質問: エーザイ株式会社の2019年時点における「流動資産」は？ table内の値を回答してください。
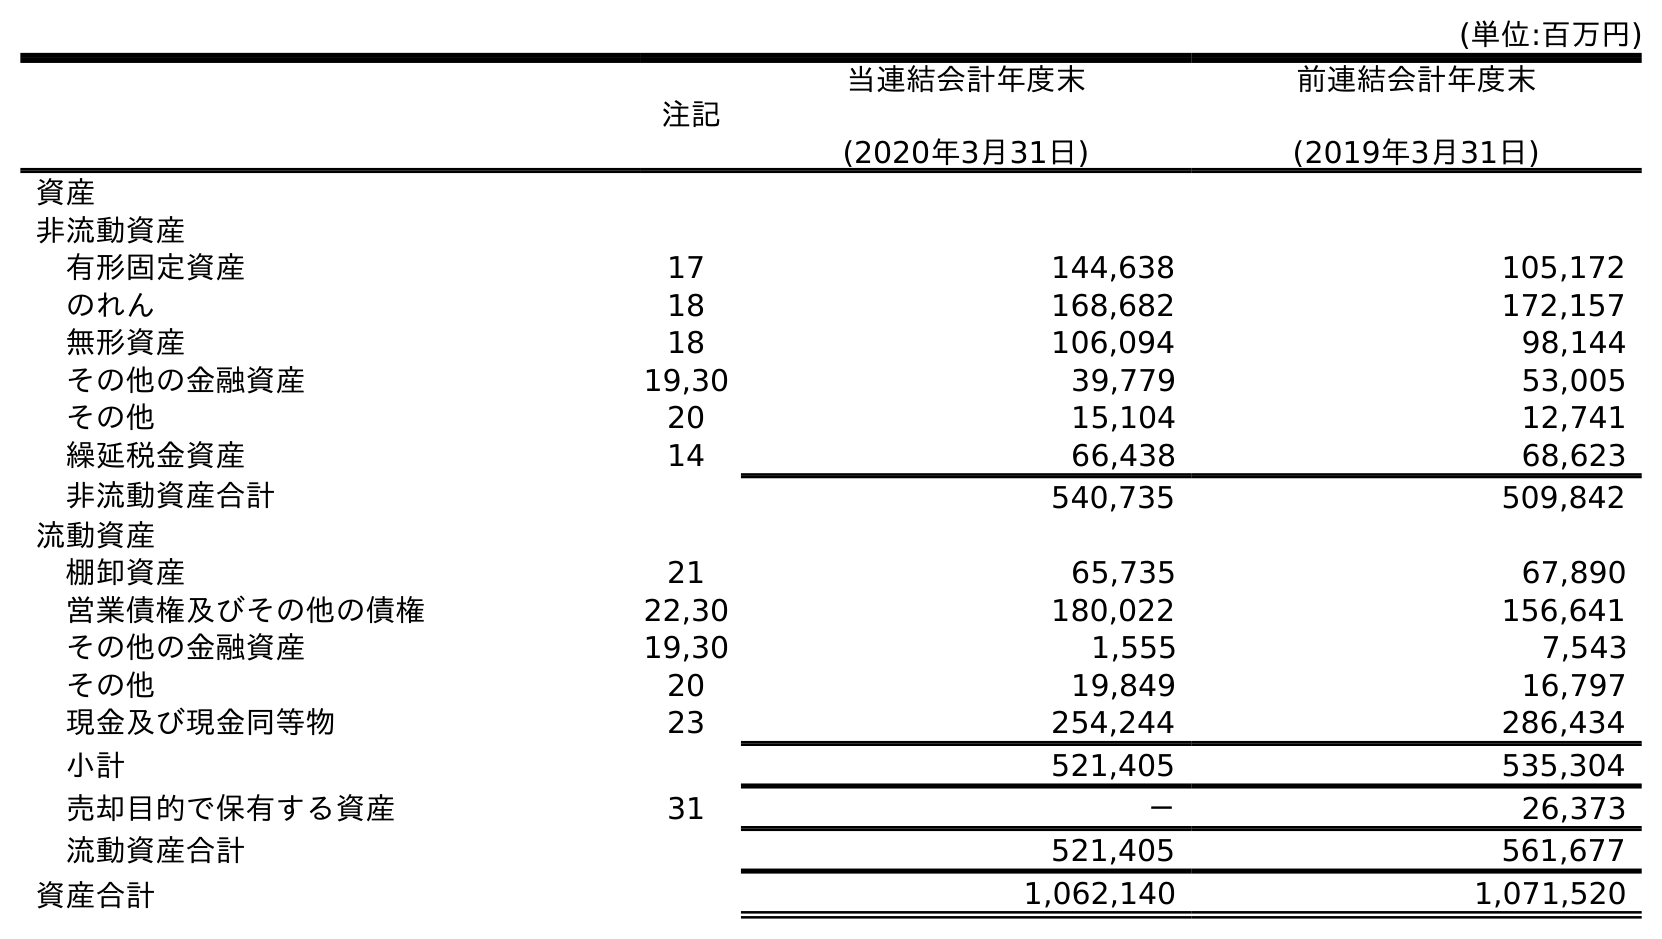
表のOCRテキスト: (単位:百万円) 注記 当連結会計年度末 (2020年3月31日) 前連結会計年度末 (2019年3月31日) 資産 非流動資産 有形固定資産 17 144,638 105,172 のれん 18 168,682 172,157 無形資産 18 106,094 98,144 その他の金融資産 19,30 39,779 53,005 その他 20 15,104 12,741 繰延税金資産 14 66,438 68,623 非流動資産合計 540,735 509,842 流動資産 棚卸資産 21 65,735 67,890 営業債権及びその他の債権 22,30 180,022 156,641 その他の金融資産 19,30 1,555 7,543 その他 20 19,849 16,797 現金及び現金同等物 23 254,244 286,434 小計 521,405 535,304 売却目的で保有する資産 31 － 26,373 流動資産合計 521,405 561,677 資産合計 1,062,140 1,071,520
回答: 561,677